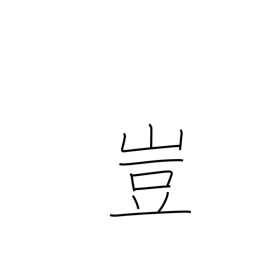
Meaning: an interjection of surprise